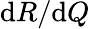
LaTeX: {\mathrm{d}}R/{\mathrm{d}}Q